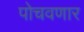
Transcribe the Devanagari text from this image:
पोचवणार